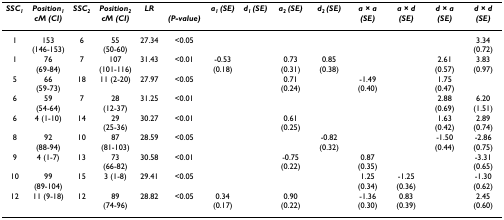
<table><thead><tr><td><b><i>SSC<sub>1</sub></i></b></td><td><b><i>Position<sub>1 </sub>cM (CI)</i></b></td><td><b><i>SSC<sub>2</sub></i></b></td><td><b><i>Position<sub>2 </sub>cM (CI)</i></b></td><td><b><i>LR</i></b></td><td><b><i>(P-value)</i></b></td><td><b><i>a<sub>1 </sub>(SE)</i></b></td><td><b><i>d<sub>1 </sub>(SE)</i></b></td><td><b><i>a<sub>2 </sub>(SE)</i></b></td><td><b><i>d<sub>2 </sub>(SE)</i></b></td><td><b><i>a × a (SE)</i></b></td><td><b><i>a × d (SE)</i></b></td><td><b><i>d × a (SE)</i></b></td><td><b><i>d × d (SE)</i></b></td></tr></thead><tbody><tr><td>1</td><td>153 (146-153)</td><td>6</td><td>55 (50-60)</td><td>27.34</td><td>&lt;0.05</td><td></td><td></td><td></td><td></td><td></td><td></td><td></td><td>3.34 (0.72)</td></tr><tr><td>1</td><td>76 (69-84)</td><td>7</td><td>107 (101-116)</td><td>31.43</td><td>&lt;0.01</td><td>-0.53 (0.18)</td><td></td><td>0.73 (0.31)</td><td>0.85 (0.38)</td><td></td><td></td><td>2.61 (0.57)</td><td>3.83 (0.97)</td></tr><tr><td>5</td><td>66 (59-73)</td><td>18</td><td>11 (2-20)</td><td>27.97</td><td>&lt;0.05</td><td></td><td></td><td>0.71 (0.24)</td><td></td><td>-1.49 (0.40)</td><td></td><td>1.75 (0.47)</td><td></td></tr><tr><td>6</td><td>59 (54-64)</td><td>7</td><td>28 (12-37)</td><td>31.25</td><td>&lt;0.01</td><td></td><td></td><td></td><td></td><td></td><td></td><td>2.88 (0.69)</td><td>6.20 (1.51)</td></tr><tr><td>6</td><td>4 (1-10)</td><td>14</td><td>29 (25-36)</td><td>30.27</td><td>&lt;0.01</td><td></td><td></td><td>0.61 (0.25)</td><td></td><td></td><td></td><td>1.63 (0.42)</td><td>2.89 (0.74)</td></tr><tr><td>8</td><td>92 (88-94)</td><td>10</td><td>87 (81-103)</td><td>28.59</td><td>&lt;0.05</td><td></td><td></td><td></td><td>-0.82 (0.32)</td><td></td><td></td><td>-1.50 (0.44)</td><td>-2.86 (0.75)</td></tr><tr><td>9</td><td>4 (1-7)</td><td>13</td><td>73 (66-82)</td><td>30.58</td><td>&lt;0.01</td><td></td><td></td><td>-0.75 (0.22)</td><td></td><td>0.87 (0.35)</td><td></td><td></td><td>-3.31 (0.65)</td></tr><tr><td>10</td><td>99 (89-104)</td><td>15</td><td>3 (1-8)</td><td>29.41</td><td>&lt;0.05</td><td></td><td></td><td></td><td></td><td>1.25 (0.34)</td><td>-1.25 (0.36)</td><td></td><td>-1.30 (0.62)</td></tr><tr><td>12</td><td>11 (9-18)</td><td>12</td><td>89 (74-96)</td><td>28.82</td><td>&lt;0.05</td><td>0.34 (0.17)</td><td></td><td>0.90 (0.22)</td><td></td><td>-1.36 (0.30)</td><td>0.83 (0.39)</td><td></td><td>2.45 (0.60)</td></tr></tbody></table>